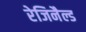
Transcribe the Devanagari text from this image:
रेजिनैल्ड